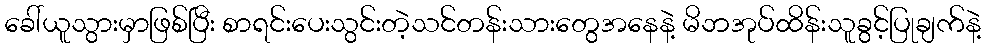
ခေါ်ယူသွားမှာဖြစ်ပြီး စာရင်းပေးသွင်းတဲ့သင်တန်းသားတွေအနေနဲ့ မိဘအုပ်ထိန်းသူခွင့်ပြုချက်နဲ့